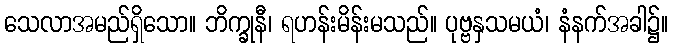
သေလာအမည်ရှိသော။ ဘိက္ခုနီ၊ ရဟန်းမိန်းမသည်။ ပုဗ္ဗနှသမယံ၊ နံနက်အခါ၌။